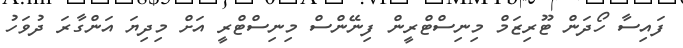
ފައިސާ ހޯދަން ޓޫރިޒަމް މިނިސްޓްރީން ފިނޭންސް މިނިސްޓްރީ އަށް މިދިޔަ އަންގާރަ ދުވަހު